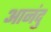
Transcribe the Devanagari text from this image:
आनंदु